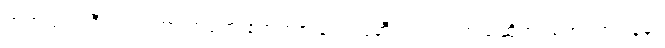
တကယ်က ဒီသံအဖွဲ့ဟာ တရုတ် ဧကရာဇ် ချင်းလုံဆီက လွှတ်တယ်ဆိုတဲ့ သံအဖွဲ့အပြန်မှာ